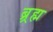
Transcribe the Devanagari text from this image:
ब्र्रह्म